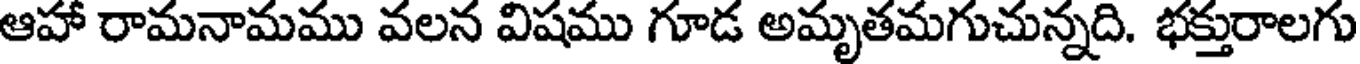
ఆహా రామనామము వలన విషము గూడ అమృతమగుచున్నది. భక్తురాలగు